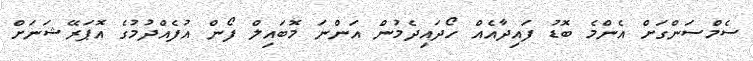
ސެމްސަންގަށް އެންމެ ބޮޑު ފައިދާއެއް ހޯދައިދެމުން އަންނަ މޮބައިލް ފޯން އުފެއްދުމުގެ އޮޕަރޭޝަނަށް